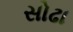
સોઢા